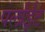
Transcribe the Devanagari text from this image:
पर्लाईट